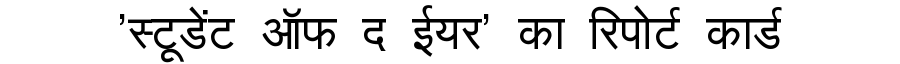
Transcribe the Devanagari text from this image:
'स्टूडेंट ऑफ द ईयर' का रिपोर्ट कार्ड